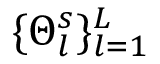
\{ \Theta _ { l } ^ { s } \} _ { l = 1 } ^ { L }